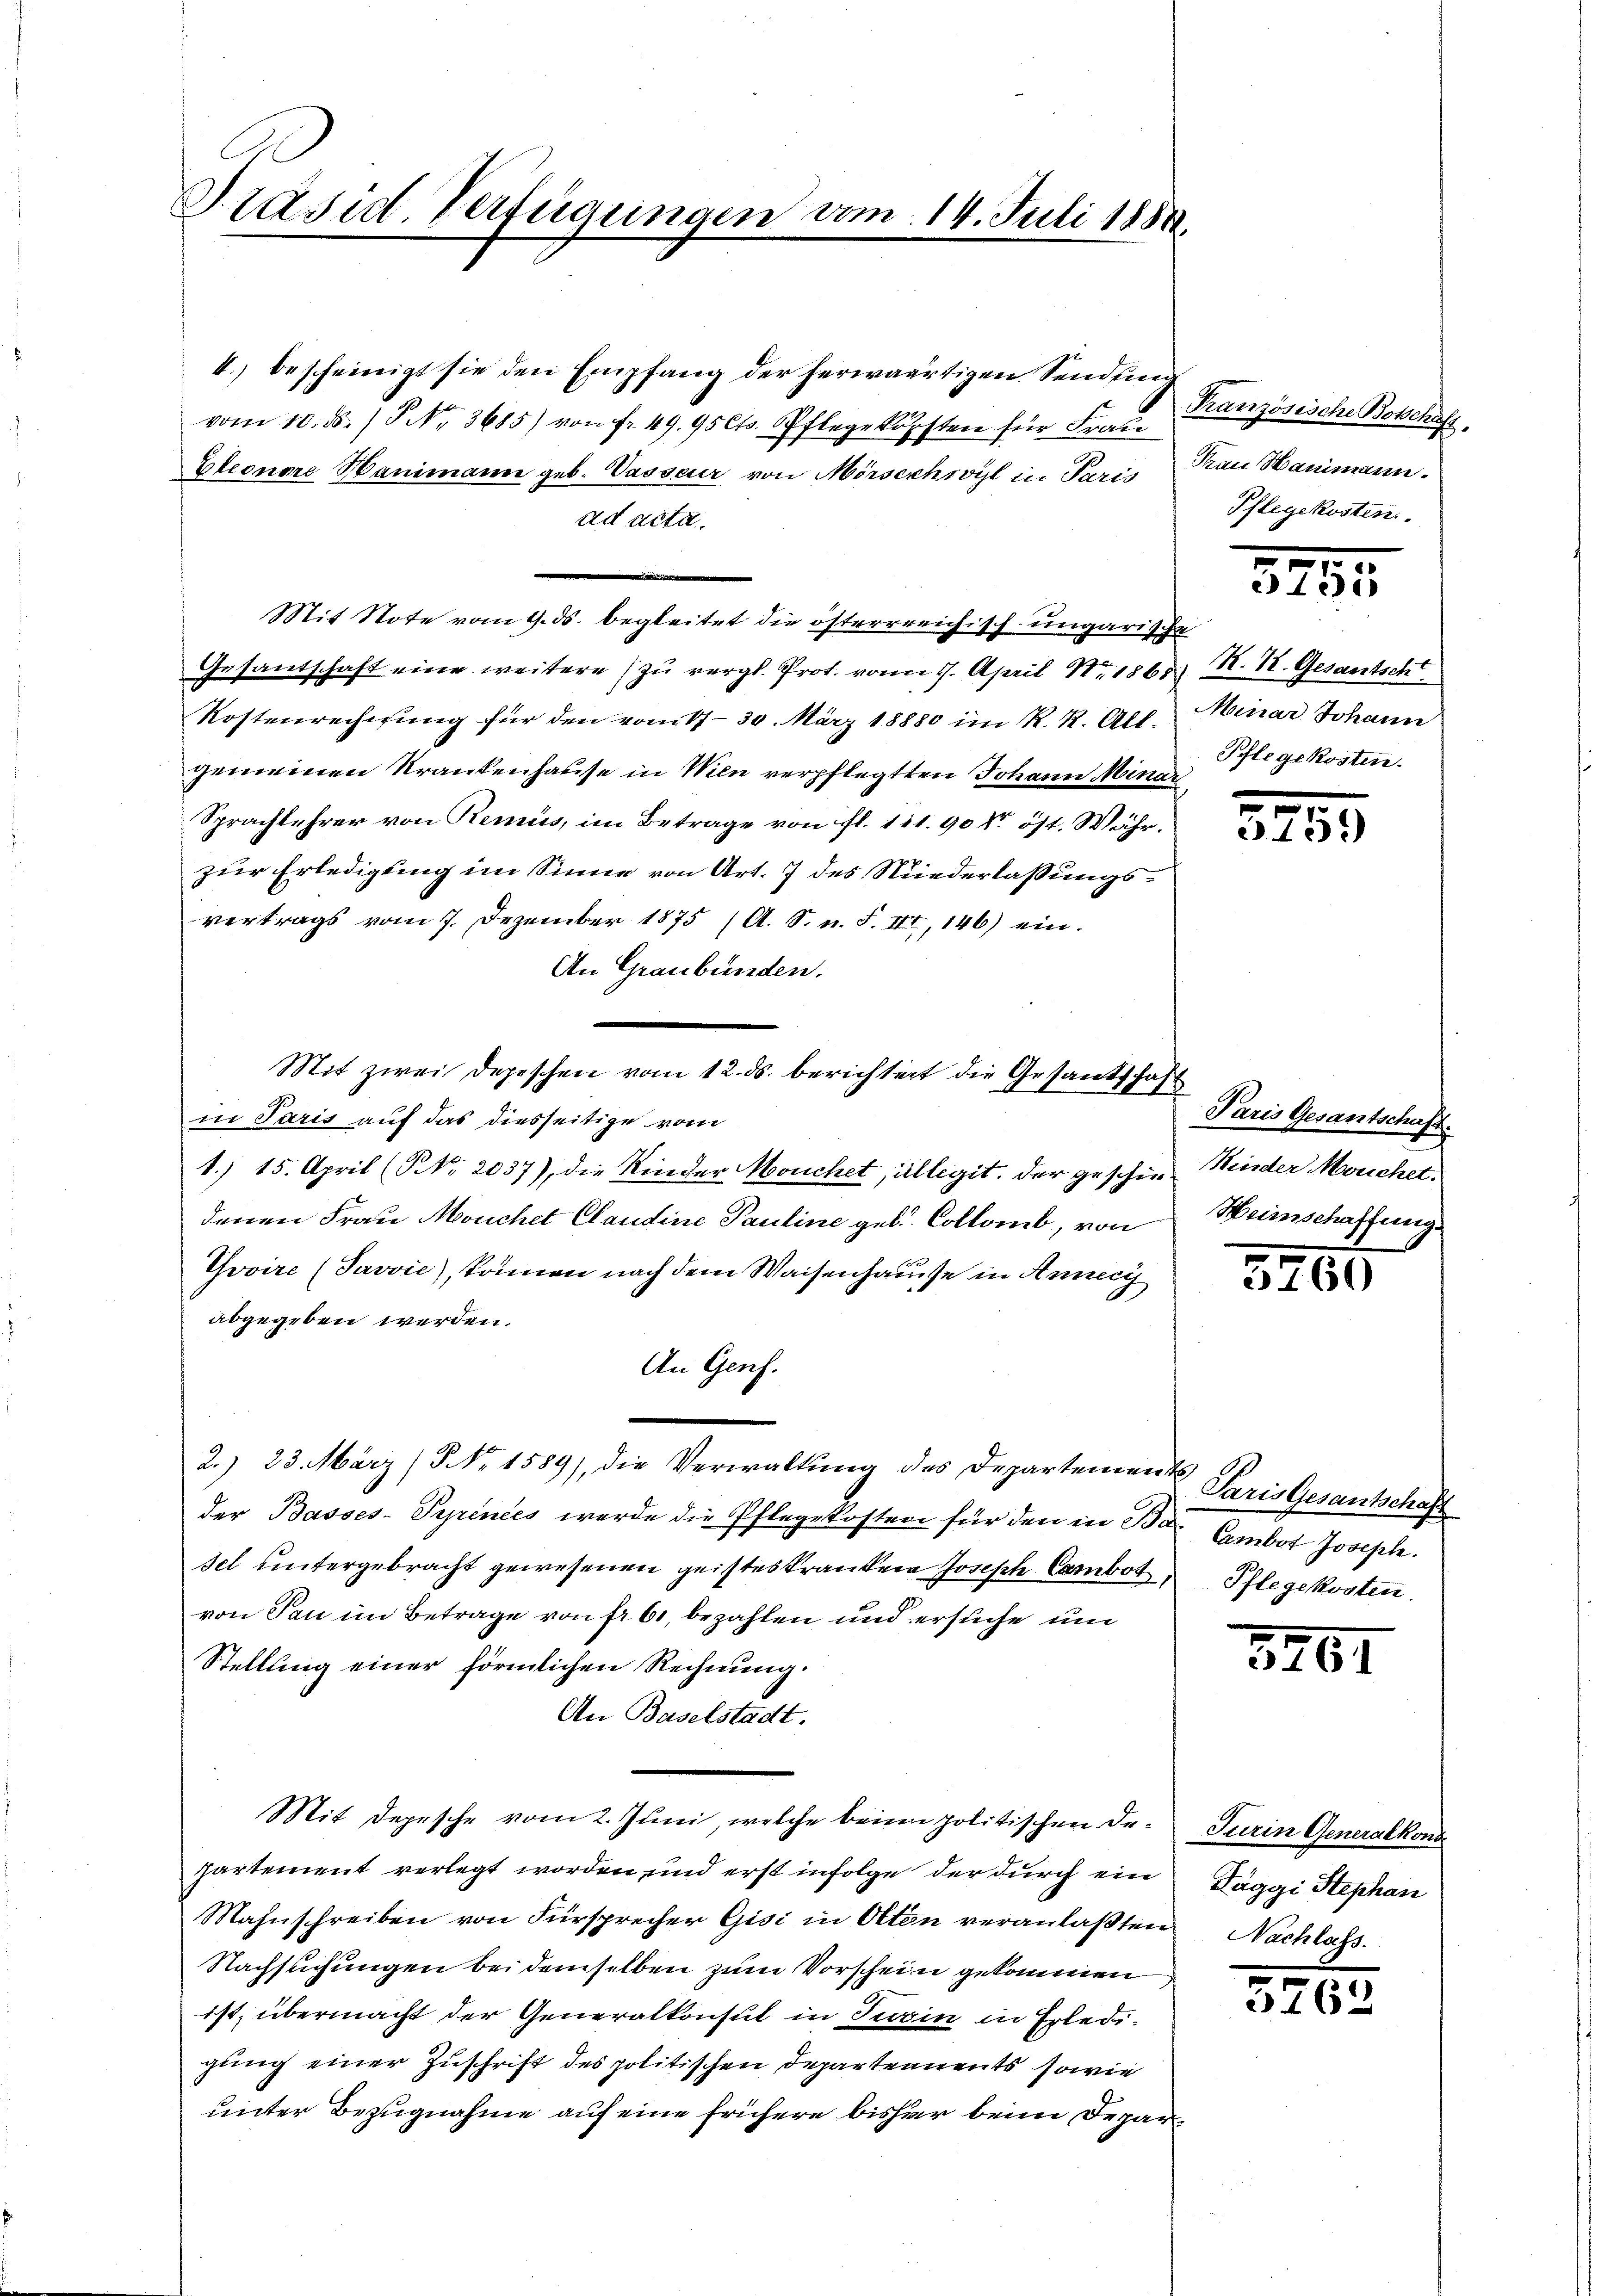
Präsid. Verfügungen vom 14. Juli 1889.

4.) bescheinigt sie den Empfang der herwärtigen Sendung
vom 10. ds. / P. Nr. 3685) von fr. 49. 95 Cts. Pflegekosten für Frau
Eleonore Hanimann geb. Wasseur von Mörserchivyl in Paris
ad acta.
Mit Note vom 9. ds. begleitet die österrreichisch-ungarische
Gesandschaft eine weitere zu vergl. Prot. von 7. April 1868
Kostenrechnung für den vom 17. 30. März 18880 im R. R. All-
gemeinen Krankenhause in Wien verpflegten Johann Minar
Sprachlehrer von Remus, im Betrage von fl. 121. 90 kr öst. Währzur Erledigung im Sinne von Art. 7 des Niederlassungsvertrags vom 7. Dezember 1875 (A. S. n. F. III, 146) ein.
An Graubünden.
.
Mit zwei Depeschen vom 12. ds. berichtert die Gesandschaf
in Paris auf das diesseitige vom
1.) 15. April (NNo. 2037), die Kinder Mouchet, allegit. der geschiedenen Frau Mouchet Claudine Pauline gelt. Collamb, von
Tovire (Javvić), können nach dem Waisenhausse in Annecy
abgegeben werden.
An Genf.
2. 23. März (§ No 1589), die Verwaltŭng des Departements,
der Basses-Prpinées werde die Pflegekosten für den in Bar Cambot Joseph.
sel untergebracht gewesenen geisteskranken Joseph Cambot, Pflegekosten
von San im Betrage von fr. 61, bezahlen und ersuche und
Stellung einer förmlichen Rechnung.
An Baselstadt.
Mit Depesche vom 2. Juni, welche beim politischen Departement verlegt worden und erst infolge der durch ein
Mahnschreiben von Fürsprecher Gisi in Otten veranlaβten Nachlass.
Nachsuchungen bei demselben zum Vorschein gekommen
ist, übermacht der Generalkonsul in Turin in Erledigung einer Zuschrift des politischen Departements sowie
unter Bezugnahme auf eine frühere bisher beim Depar¬

Kranzösische Botschaff
Frau Hanimann.
Pflegekosten.

1
1215

K. 18. Gesantsch
Minar Johann
Pflegekosten.

x
4:)

Paris Gesantschaft.
Minder Meuchet.
Weinschaffungs

3466

Paris Gesantschaff

8461

Turin Generalkons
Täggi Stephan

3762